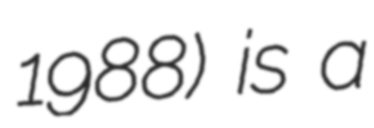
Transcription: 1988) is a